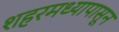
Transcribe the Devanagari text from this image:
शहरमध्यापासून